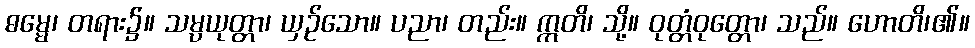
ဓမ္မေ၊ တရား၌။ သမ္ပယုတ္တာ၊ ယှဉ်သော။ ပညာ၊ တည်း။ ဣတိ၊ သို့။ ဝုတ္တံဝုတ္တော၊ သည်။ ဟောတိ၊၏။